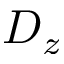
D _ { z }